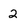
Character: 2